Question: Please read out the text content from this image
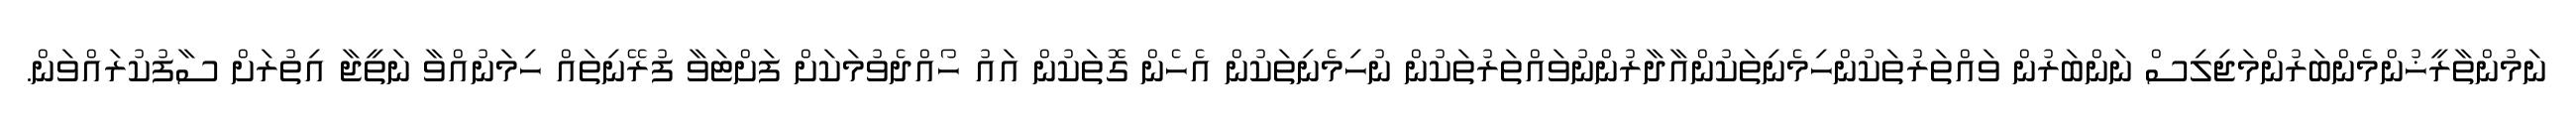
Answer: ނަމުންތާރީޚުންމެންބަރުންމަޖިލިސް ނަންބަރުން ވައްތަރުތަކުންހިމެނިތަކުންއާދާރުންނުވައްތަރުތަކުން ނުހިމެނިތަކުން އެހެން ގޮތަކުން އައު ހޯއްދެވުމަކަށް ފަށްޓަވާ ފުރޭނިތައް ހިމަނުއްވާ ނަތީޖާ އިތުރަށް ސާފުކުރައްވަން.